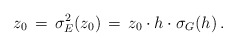
\begin{align*}z_0\,=\, \sigma_E^2(z_0) \,=\,z_0\cdot h\cdot \sigma_G(h)\, .\end{align*}